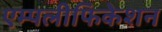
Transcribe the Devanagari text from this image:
एम्पलीफिकेशन